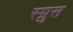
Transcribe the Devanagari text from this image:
स्प्रुस